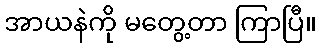
အာယနဲကို မတွေ့တာ ကြာပြီ။